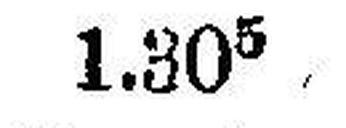
1.305